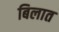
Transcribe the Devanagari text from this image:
बिलात